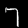
Label: 7